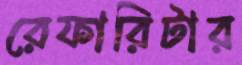
রেফারিটার